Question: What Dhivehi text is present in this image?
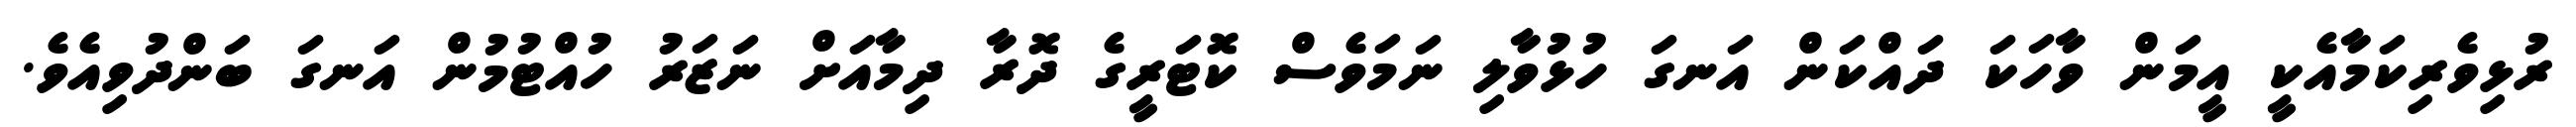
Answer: ރުޅިވެރިކަމާއެކީ އީމަން ވާހަކަ ދައްކަން އަނގަ ހުޅުވާލި ނަމަވެސް ކޮޓަރީގެ ދޮރާ ދިމާއަށް ނަޒަރު ހުއްޓުމުން އަނގަ ބަންދުވިއެވެ.